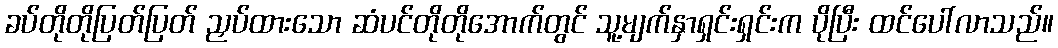
ခပ်တိုတိုပြတ်ပြတ် ညှပ်ထားသော ဆံပင်တိုတိုအောက်တွင် သူ့မျက်နှာရှင်းရှင်းက ပိုပြီး ထင်ပေါ်လာသည်။